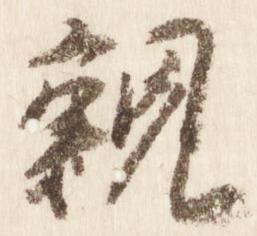
親